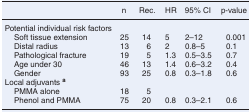
<table><thead><tr><td></td><td><b>n</b></td><td><b>Rec.</b></td><td><b>HR</b></td><td><b>95% CI</b></td><td><b>p-value</b></td></tr></thead><tbody><tr><td>Potential individual risk factors</td><td></td><td></td><td></td><td></td><td></td></tr><tr><td> Soft tissue extension</td><td>25</td><td>14</td><td>5</td><td>2–12</td><td>0.001</td></tr><tr><td> Distal radius</td><td>13</td><td>6</td><td>2</td><td>0.8–5</td><td>0.1</td></tr><tr><td> Pathological fracture</td><td>19</td><td>5</td><td>1.3</td><td>0.5–3.5</td><td>0.7</td></tr><tr><td> Age under 30</td><td>46</td><td>13</td><td>1.4</td><td>0.6–3.2</td><td>0.4</td></tr><tr><td> Gender</td><td>93</td><td>25</td><td>0.8</td><td>0.3–1.8</td><td>0.6</td></tr><tr><td>Local adjuvants <b><sup>a</sup></b></td><td></td><td></td><td></td><td></td><td></td></tr><tr><td> PMMA alone</td><td>18</td><td>5</td><td></td><td></td><td></td></tr><tr><td> Phenol and PMMA</td><td>75</td><td>20</td><td>0.8</td><td>0.3–2.1</td><td>0.6</td></tr></tbody></table>